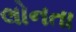
લોનતા